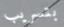
بتسريب